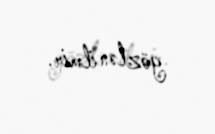
gözlənilmir.